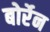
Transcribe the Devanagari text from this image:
बोर्रेन